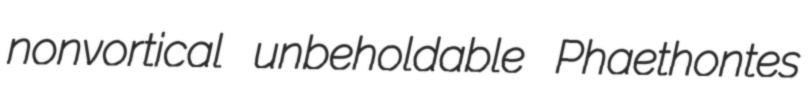
nonvortical unbeholdable Phaethontes